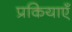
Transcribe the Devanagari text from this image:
प्रकियाएँ